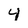
Character: 4